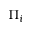
\Pi _ { i }